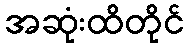
အဆုံးထိတိုင်